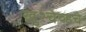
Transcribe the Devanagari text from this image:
ख्रुश्चेव्हचे